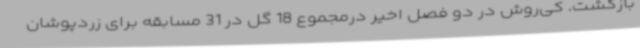
بازگشت. کی‌روش در دو فصل اخیر درمجموع 18 گل در 31 مسابقه برای زردپوشان